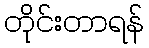
တိုင်းတာရန်